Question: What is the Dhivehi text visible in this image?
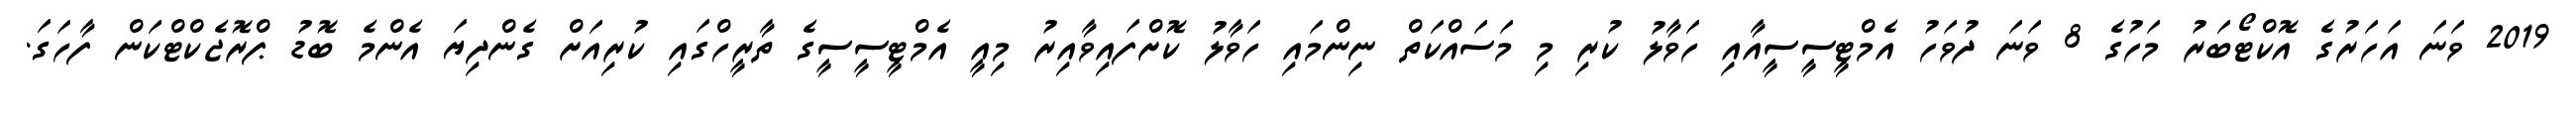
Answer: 2019 ވަނަ އަހަރުގެ އޮކްޓޯބަރު މަހުގެ 8 ވަނަ ދުވަހު އެމްޓީސީސީއާއި ހަވާލު ކުރި މި މަސައްކަތް ނިންމައި ހަވާލު ކޮށްފައިވާއިރު މިއީ އެމްޓީސީސީގެ ތާރީހްގައި ކުރިއަށް ގެންދިޔަ އެންމެ ބޮޑު ޕްރޮޖެކްޓްކަން ފާހަގަ.